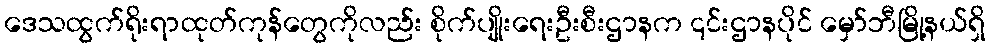
ဒေသထွက်ရိုးရာထုတ်ကုန်တွေကိုလည်း စိုက်ပျိုးရေးဦးစီးဌာနက ၎င်းဌာနပိုင် မှော်ဘီမြို့နယ်ရှိ